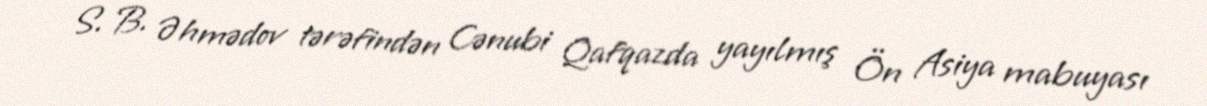
S. B. Əhmədov tərəfindən Cənubi Qafqazda yayılmış Ön Asiya mabuyası